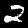
Digit: 2